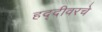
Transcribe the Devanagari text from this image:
हद्दीवरचे